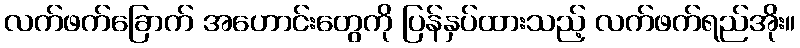
လက်ဖက်ခြောက် အဟောင်းတွေကို ပြန်နှပ်ထားသည့် လက်ဖက်ရည်အိုး။